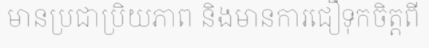
មានប្រជាប្រិយភាព និងមានការជឿទុកចិត្តពី